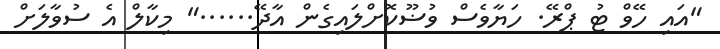
"އައި ހޭވް ޓު ޕްރޭ. ހަޔާވެސް ވުޟޫކޮށްލައިގެން އާދޭ......" މިކާލް އެ ސުވާލަށް